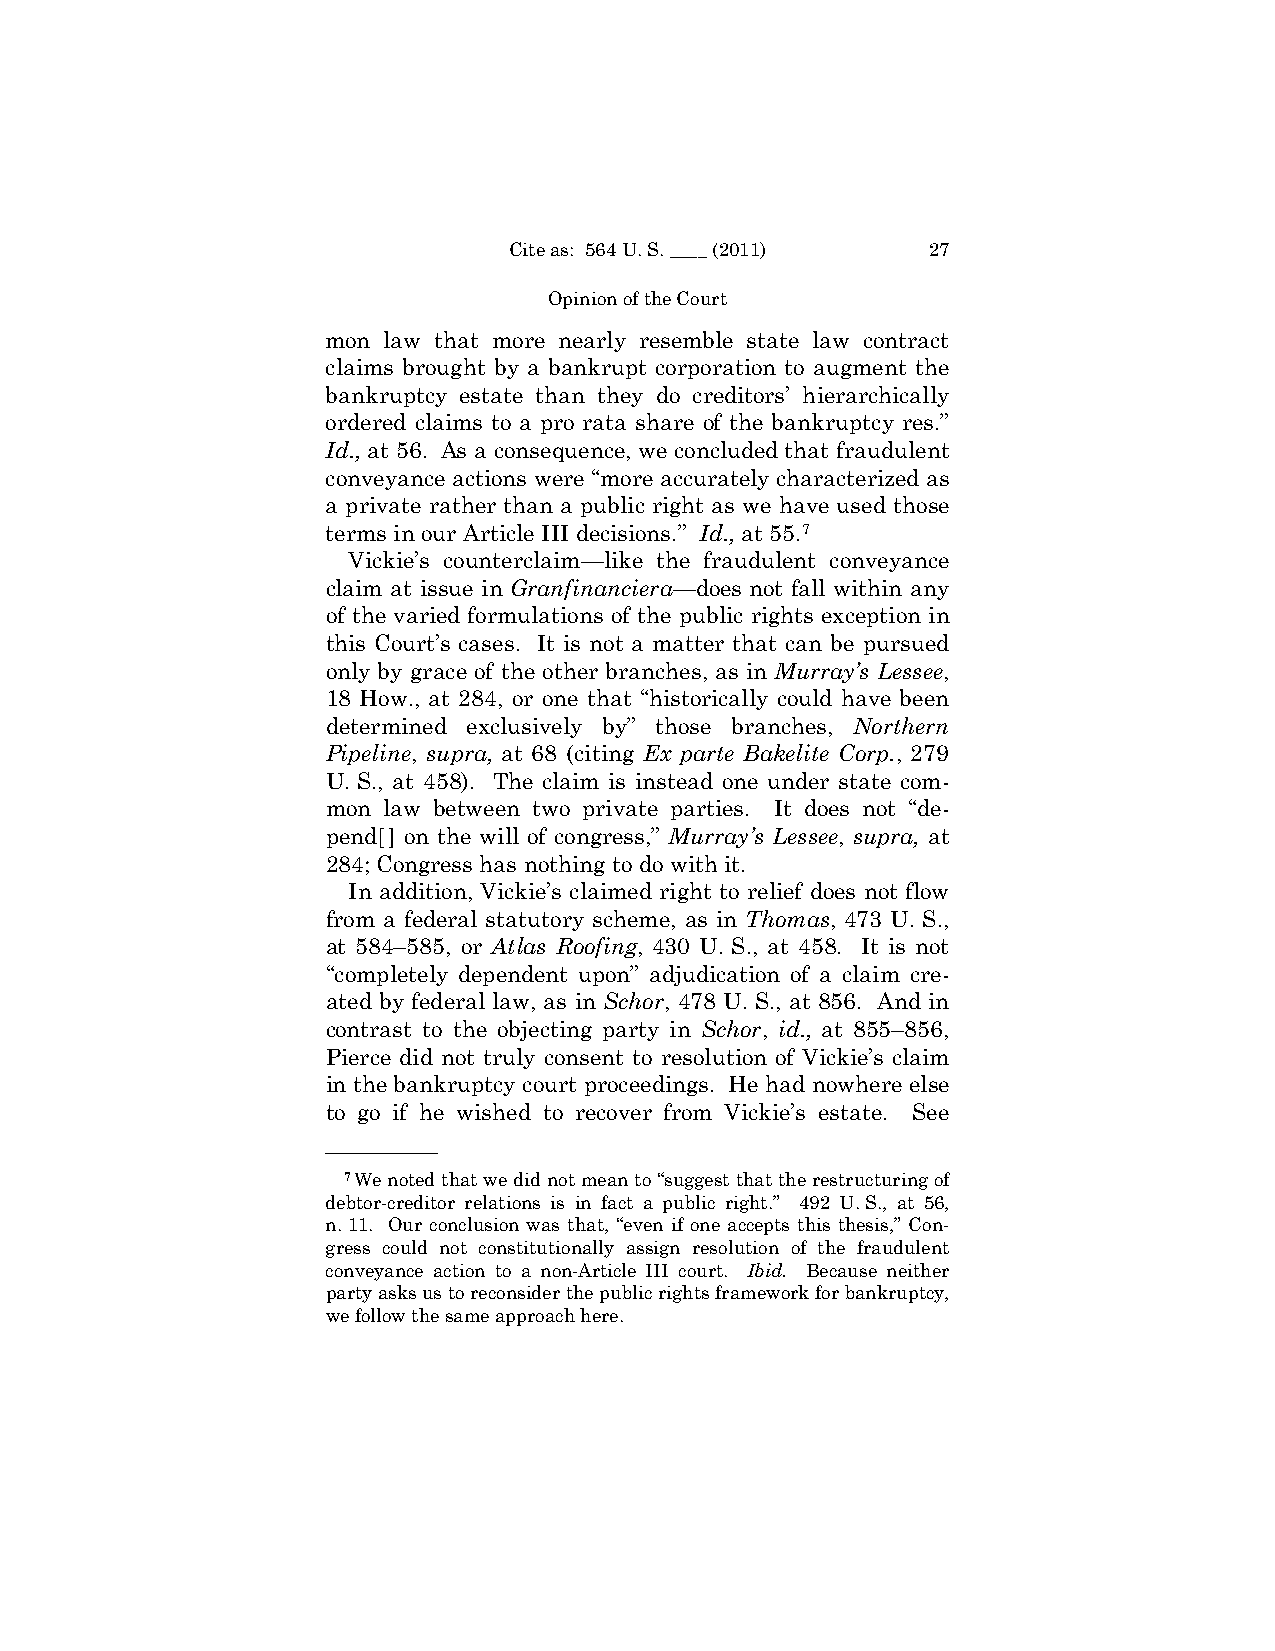
Cite as: 564 U. S. ____ (2011) 27
 Opinion of the Court
 mon law that more nearly resemble state law contract
 claims brought by a bankrupt corporation to augment the
 bankruptcy estate than they do creditors’ hierarchically
 ordered claims to a pro rata share of the bankruptcy res.”
 Id., at 56. As a consequence, we concluded that fraudulent
 conveyance actions were “more accurately characterized as
 a private rather than a public right as we have used those
 terms in our Article III decisions.” Id., at 55.7
 Vickie’s counterclaim—like the fraudulent conveyance
 claim at issue in Granfinanciera—does not fall within any
 of the varied formulations of the public rights exception in
 this Court’s cases. It is not a matter that can be pursued
 only by grace of the other branches, as in Murray’s Lessee,
 18 How., at 284, or one that “historically could have been
 determined exclusively by” those branches, Northern
 Pipeline, supra, at 68 (citing Ex parte Bakelite Corp., 279
 U. S., at 458). The claim is instead one under state com­
 mon law between two private parties. It does not “de­
 pend[] on the will of congress,” Murray’s Lessee, supra, at
 284; Congress has nothing to do with it.
 In addition, Vickie’s claimed right to relief does not flow
 from a federal statutory scheme, as in Thomas, 473 U. S.,
 at 584–585, or Atlas Roofing, 430 U. S., at 458. It is not
 “completely dependent upon” adjudication of a claim cre­
 ated by federal law, as in Schor, 478 U. S., at 856. And in
 contrast to the objecting party in Schor, id., at 855–856,
 Pierce did not truly consent to resolution of Vickie’s claim
 in the bankruptcy court proceedings. He had nowhere else
 to go if he wished to recover from Vickie’s estate. See
 ——————
 7We noted that we did not mean to “suggest that the restructuring of
 debtor-creditor relations is in fact a public right.” 492 U. S., at 56,
 n. 11. Our conclusion was that, “even if one accepts this thesis,” Con­
 gress could not constitutionally assign resolution of the fraudulent
 conveyance action to a non-Article III court. Ibid. Because neither
 party asks us to reconsider the public rights framework for bankruptcy,
 we follow the same approach here.